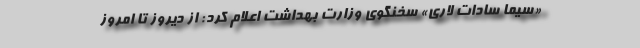
«سیما سادات لاری» سخنگوی وزارت بهداشت اعلام کرد: از دیروز تا امروز